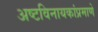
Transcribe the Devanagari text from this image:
अष्टविनायकांप्रमाणे